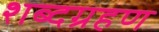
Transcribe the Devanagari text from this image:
शब्दग्रहण